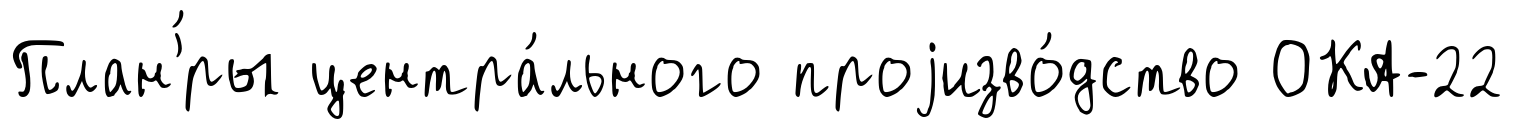
План'́ры центра́льного проjизво́дство ОКА-22